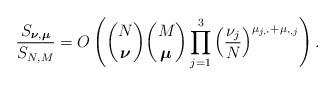
LaTeX: \begin{align*}\frac{S_{\boldsymbol\nu,\boldsymbol\mu}}{S_{N,M}}=O\left(\binom{N}{\boldsymbol\nu}\binom{M}{\boldsymbol\mu}\prod_{j=1}^3\left(\frac{\nu_j}{N}\right)^{\mu_{j,\boldsymbol\cdot}+\mu_{\boldsymbol\cdot,j}}\right).\end{align*}